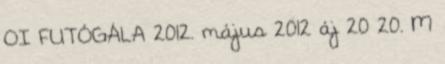
OI FUTÓGÁLA 2012. május 2012 áj 20 20. M